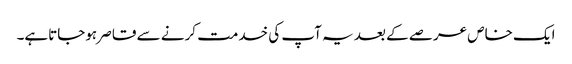
ایک خاص عرصے کے بعد یہ آپ کی خدمت کرنے سے قاصر ہوجاتاہے۔